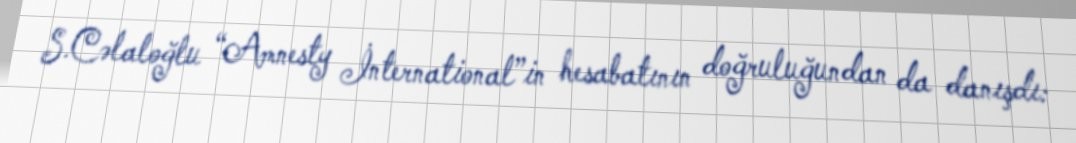
S.Cəlaloğlu “Amnesty İnternational”in hesabatının doğruluğundan da danışdı: